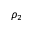
\rho _ { 2 }